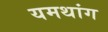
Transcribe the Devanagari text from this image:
यमथांग